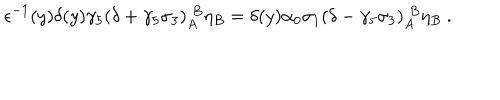
\epsilon ^ { - 1 } ( y ) \delta ( y ) \gamma _ { 5 } ( \delta + \gamma _ { 5 } \sigma _ { 3 } ) _ { A } ^ { \; B } \eta _ { B } = \delta ( y ) \alpha _ { 0 } \sigma _ { 1 } ( \delta - \gamma _ { 5 } \sigma _ { 3 } ) _ { A } ^ { \; B } \eta _ { B } \ .